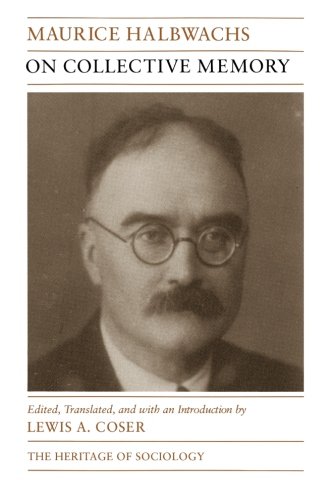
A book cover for On Collective Memory (Heritage of Sociology Series); Maurice Halbwachs; Politics & Social Sciences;